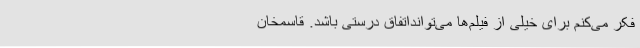
فکر می‌کنم برای خیلی از فیلم‌ها می‌توانداتفاق درستی باشد. قاسمخان